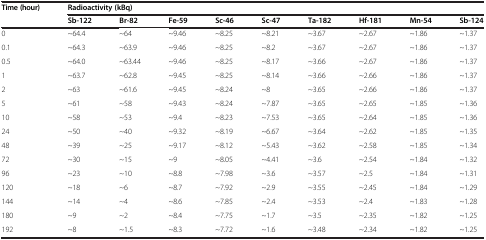
| <ROWSPAN=2> Time (hour) | <COLSPAN=9> Radioactivity (kBq) |
 | Sb-122 | Br-82 | Fe-59 | Sc-46 | Sc-47 | Ta-182 | Hf-181 | Mn-54 | Sb-124 |
 | --- | --- | --- | --- | --- | --- | --- | --- | --- | --- |
 | 0 | ~64.4 | ~64 | ~9.46 | ~8.25 | ~8.21 | ~3.67 | ~2.67 | ~1.86 | ~1.37 |
 | 0.1 | ~64.3 | ~63.9 | ~9.46 | ~8.25 | ~8.2 | ~3.67 | ~2.67 | ~1.86 | ~1.37 |
 | 0.5 | ~64.0 | ~63.44 | ~9.46 | ~8.25 | ~8.17 | ~3.66 | ~2.67 | ~1.86 | ~1.37 |
 | 1 | ~63.7 | ~62.8 | ~9.45 | ~8.25 | ~8.14 | ~3.66 | ~2.66 | ~1.86 | ~1.37 |
 | 2 | ~63 | ~61.6 | ~9.45 | ~8.24 | ~8 | ~3.65 | ~2.66 | ~1.86 | ~1.37 |
 | 5 | ~61 | ~58 | ~9.43 | ~8.24 | ~7.87 | ~3.65 | ~2.65 | ~1.85 | ~1.36 |
 | 10 | ~58 | ~53 | ~9.4 | ~8.23 | ~7.53 | ~3.65 | ~2.64 | ~1.85 | ~1.36 |
 | 24 | ~50 | ~40 | ~9.32 | ~8.19 | ~6.67 | ~3.64 | ~2.62 | ~1.85 | ~1.35 |
 | 48 | ~39 | ~25 | ~9.17 | ~8.12 | ~5.43 | ~3.62 | ~2.58 | ~1.85 | ~1.34 |
 | 72 | ~30 | ~15 | ~9 | ~8.05 | ~4.41 | ~3.6 | ~2.54 | ~1.84 | ~1.32 |
 | 96 | ~23 | ~10 | ~8.8 | ~7.98 | ~3.6 | ~3.57 | ~2.5 | ~1.84 | ~1.31 |
 | 120 | ~18 | ~6 | ~8.7 | ~7.92 | ~2.9 | ~3.55 | ~2.45 | ~1.84 | ~1.29 |
 | 144 | ~14 | ~4 | ~8.6 | ~7.85 | ~2.4 | ~3.53 | ~2.4 | ~1.83 | ~1.28 |
 | 180 | ~9 | ~2 | ~8.4 | ~7.75 | ~1.7 | ~3.5 | ~2.35 | ~1.82 | ~1.25 |
 | 192 | ~8 | ~1.5 | ~8.3 | ~7.72 | ~1.6 | ~3.48 | ~2.34 | ~1.82 | ~1.25 |